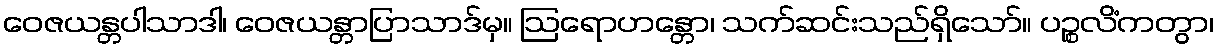
ဝေဇယန္တပါသာဒါ၊ ဝေဇယန္တာပြာသာဒ်မှ။ ဩရောဟန္တော၊ သက်ဆင်းသည်ရှိသော်။ ပဉ္စလိံကတွာ၊